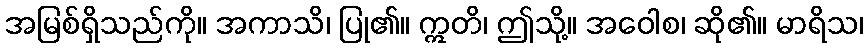
အမြစ်ရှိသည်ကို။ အကာသိ၊ ပြု၏။ ဣတိ၊ ဤသို့။ အဝေါစ၊ ဆို၏။ မာရိသ၊